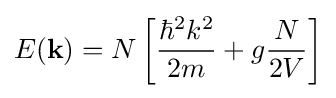
E(\mathbf {k} )=N\left[{\frac {\hbar ^{2}k^{2}}{2m}}+g{\frac {N}{2V}}\right]